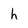
Character: h